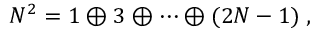
N ^ { 2 } = 1 \oplus 3 \oplus \cdots \oplus ( 2 N - 1 ) \; ,